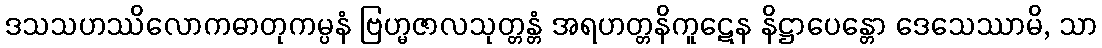
ဒသသဟဿိလောကဓာတုကမ္ပနံ ဗြဟ္မဇာလသုတ္တန္တံ အရဟတ္တနိကူဋေန နိဋ္ဌာပေန္တော ဒေသေဿာမိ, သာ